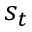
s _ { t }